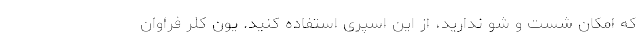
که امکان شست و شو ندارید، از این اسپری استفاده کنید. یون کلر فراوان